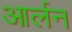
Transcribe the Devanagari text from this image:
आर्लन